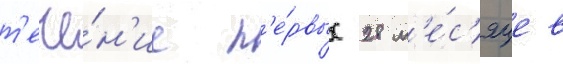
т'ече́н'ие п'е́рвых 28 м'е́с'яцев